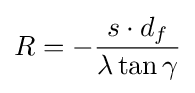
R=-{\frac {s\cdot d_{f}}{\lambda \tan \gamma }}